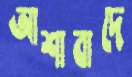
আশাবাদে